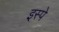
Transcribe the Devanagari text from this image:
इस्पे